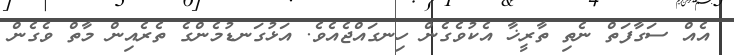
އެއް ސަގާފަތް ނެތި ތާރީޚާ އެކުވެގެން ހިނގައްޖެއެވެ. އަޅުގަނޑުމެންގެ ތެރެއިން މާތް ވެގެން